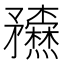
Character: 𥎢